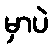
မှာပဲ